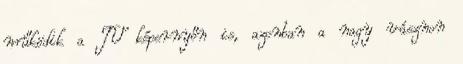
működik a TV képernyőn is, azonban a nagy vásznon